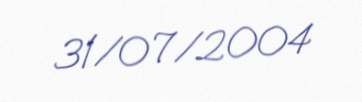
31/07/2004